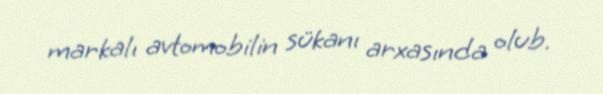
markalı avtomobilin sükanı arxasında olub.